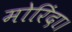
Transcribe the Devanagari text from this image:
मोरिंदा।